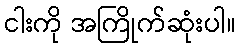
ငါးကို အကြိုက်ဆုံးပါ။